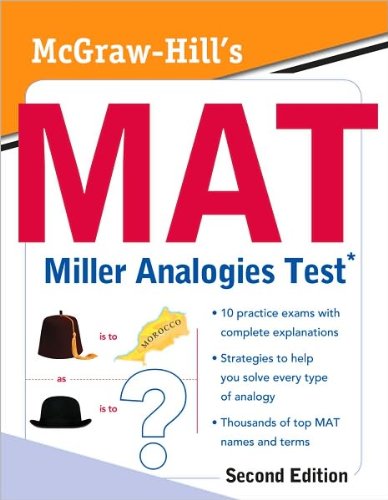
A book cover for McGraw-Hill's MAT Miller Analogies Test (text only) 2nd(Second) edition by K. Zahler; K. Zahler; Test Preparation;